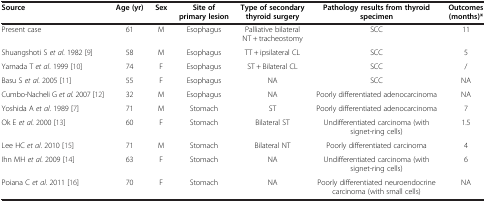
<table><thead><tr><td><b>Source</b></td><td><b>Age (yr)</b></td><td><b>Sex</b></td><td><b>Site of primary lesion</b></td><td><b>Type of secondary thyroid surgery</b></td><td><b>Pathology results from thyroid specimen</b></td><td><b>Outcomes (months)*</b></td></tr></thead><tbody><tr><td>Present case</td><td>61</td><td>M</td><td>Esophagus</td><td>Palliative bilateral NT + tracheostomy</td><td>SCC</td><td>11</td></tr><tr><td>Shuangshoti S <i>et al</i>. 1982 [9]</td><td>58</td><td>M</td><td>Esophagus</td><td>TT + ipsilateral CL</td><td>SCC</td><td>5</td></tr><tr><td>Yamada T <i>et al</i>. 1999 [10]</td><td>74</td><td>F</td><td>Esophagus</td><td>ST + Bilateral CL</td><td>SCC</td><td>/</td></tr><tr><td>Basu S <i>et al</i>. 2005 [11]</td><td>55</td><td>F</td><td>Esophagus</td><td>NA</td><td>SCC</td><td>NA</td></tr><tr><td>Cumbo-Nacheli G <i>et al</i>. 2007 [12]</td><td>32</td><td>M</td><td>Esophagus</td><td>NA</td><td>Poorly differentiated adenocarcinoma</td><td>NA</td></tr><tr><td>Yoshida A <i>et al</i>. 1989 [7]</td><td>71</td><td>M</td><td>Stomach</td><td>ST</td><td>Poorly differentiated adenocarcinoma</td><td>7</td></tr><tr><td>Ok E <i>et al</i>. 2000 [13]</td><td>60</td><td>F</td><td>Stomach</td><td>Bilateral ST</td><td>Undifferentiated carcinoma (with signet-ring cells)</td><td>1.5</td></tr><tr><td>Lee HC <i>et al</i>. 2010 [15]</td><td>71</td><td>M</td><td>Stomach</td><td>Bilateral NT</td><td>Poorly differentiated carcinoma</td><td>4</td></tr><tr><td>Ihn MH <i>et al</i>. 2009 [14]</td><td>63</td><td>F</td><td>Stomach</td><td>NA</td><td>Undifferentiated carcinoma (with signet-ring cells)</td><td>6</td></tr><tr><td>Poiana C <i>et al</i>. 2011 [16]</td><td>70</td><td>F</td><td>Stomach</td><td>NA</td><td>Poorly differentiated neuroendocrine carcinoma (with small cells)</td><td>NA</td></tr></tbody></table>